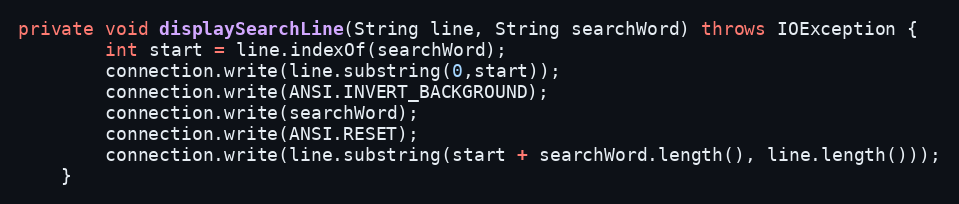
Language: Java
private void displaySearchLine(String line, String searchWord) throws IOException {
        int start = line.indexOf(searchWord);
        connection.write(line.substring(0,start));
        connection.write(ANSI.INVERT_BACKGROUND);
        connection.write(searchWord);
        connection.write(ANSI.RESET);
        connection.write(line.substring(start + searchWord.length(), line.length()));
    }